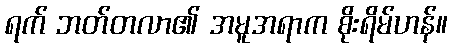
ရက် ဘတ်တလာ၏ အမူအရာက စိုးရိမ်ဟန်။